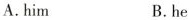
A.him B.he